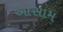
આસામ